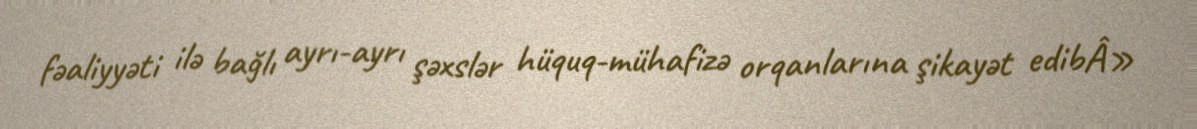
fəaliyyəti ilə bağlı ayrı-ayrı şəxslər hüquq-mühafizə orqanlarına şikayət edibÂ»